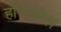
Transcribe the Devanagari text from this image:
हॉरनबिल